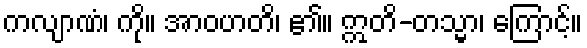
ကလျာဏံ၊ ကို။ အာဝဟတိ၊ ၏။ ဣတိ-တသ္မာ၊ ကြောင့်။